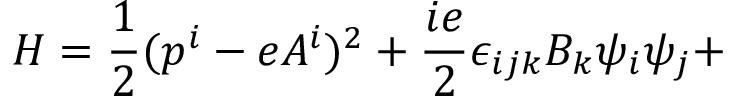
H = \frac { 1 } { 2 } ( p ^ { i } - e A ^ { i } ) ^ { 2 } + \frac { i e } { 2 } \epsilon _ { i j k } B _ { k } \psi _ { i } \psi _ { j } +